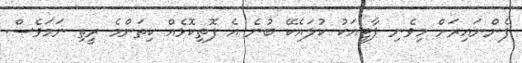
ފެންނައިރަށް މިވެނި ޕާޓީއަކު ކުލައެކޭ ބުނެ އެ ފޮތިކޮޅެއް ކިތަންމެ ރީތި ނަމަވެސް